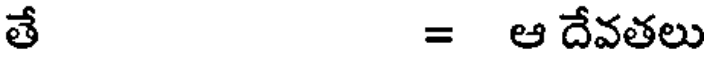
తే = ఆ దేవతలు